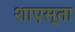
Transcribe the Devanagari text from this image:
शाएस्ता